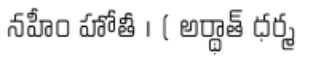
నహీం హోతీ । ( అర్థాత్ ధర్మ